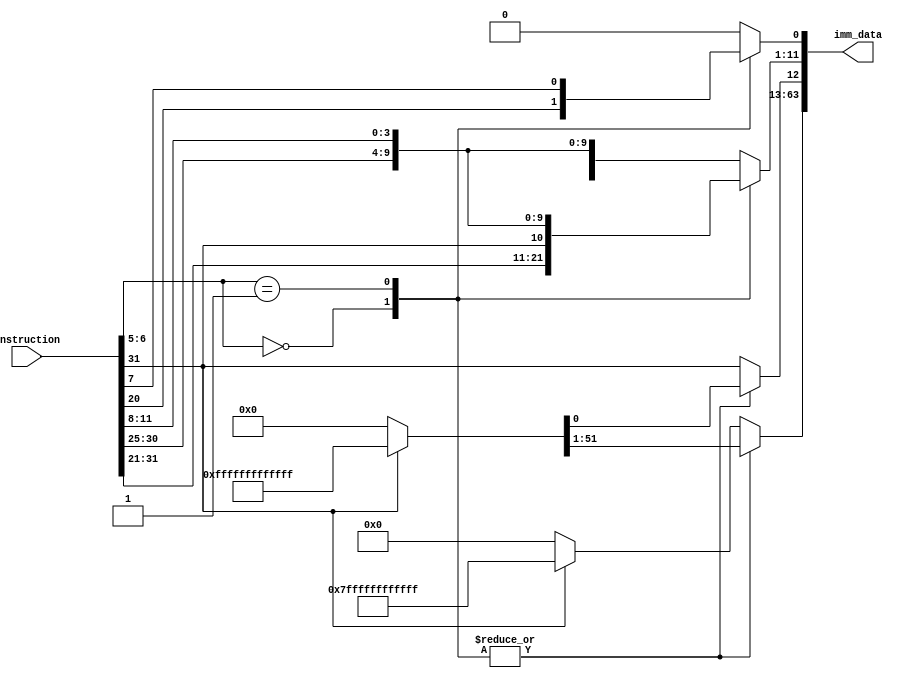
module imm_data_gen(input [31:0] instruction, output reg [63:0] imm_data);

always @(*)
begin
case (instruction[6:5])
    2'b00: // I-Type
    begin
        imm_data[11:0] = instruction[31:20];
        imm_data[63:12] = (imm_data[11] == 1 ? 52'hf_ffff_ffff_ffff : 52'h0); 
    end
    2'b01: // S-Type
    begin
        imm_data[11:0] = {instruction[31:25], instruction[11:7]};
        imm_data[63:12] = (imm_data[11] == 1 ? 52'hf_ffff_ffff_ffff : 52'h0); 
    end
    
    default: // Conditional Branch
    begin
        imm_data[12:1] = {instruction[31], instruction[7], instruction[30:25], instruction[11:8]};
        imm_data[63:13] = (imm_data[12] == 1 ? 51'hf_ffff_ffff_ffff : 51'h0); 
        imm_data[0] = 1'b0;
    end
endcase 
end
endmodule